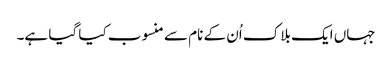
جہاں ایک بلاک اُن کے نام سے منسوب کیا گیا ہے۔